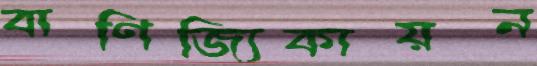
বাণিজ্যিকায়ন